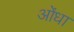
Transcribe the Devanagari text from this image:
ओंधा